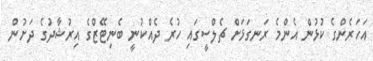
އަހަރެންގެ ކުޅުން އެންމެ ރަނގަޅަށް ޗެލްސީގައި ހުރެ ދެއްކުނީ ބެނިޓޭޒްގެ އިރުޝާދުގެ ދަށުން